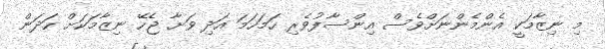
މި ނިޒާމަކީ އެންމެންނަށްވެސް އިންސާފުވެރި ހަމަހަމަ އަދި ވަށާ ޖެހޭ ނިޒާމަކަށް ހަދަން